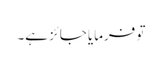
تو فرمایا جائز ہے۔